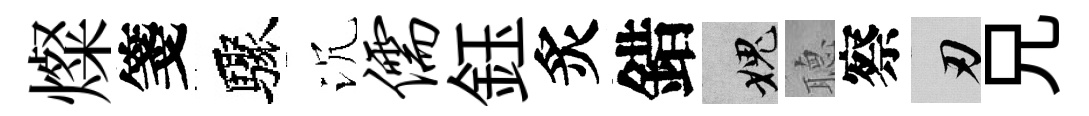
燦箋驟沉儒鈺炙錯愧𦗟察刃兄